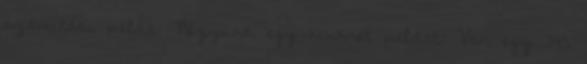
számítási példa: Nézzünk egy konkrét példát: Van egy 345